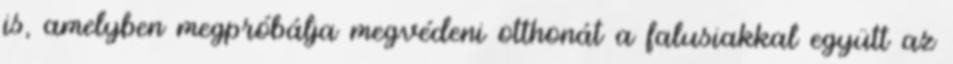
is, amelyben megpróbálja megvédeni otthonát a falusiakkal együtt az